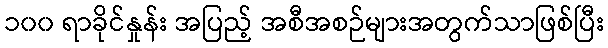
၁၀၀ ရာခိုင်နှုန်း အပြည့် အစီအစဉ်များအတွက်သာဖြစ်ပြီး